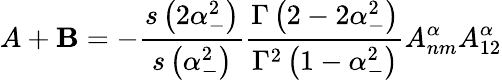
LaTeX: A+\mathbf{B}=-\frac{{s\left(2\alpha_{-}^{2}\right)}}{{s\left(\alpha_{-}^{2}\right)}}\frac{{\Gamma\left(2-2\alpha_{-}^{2}\right)}}{{\Gamma^{2}\left(1-\alpha_{-}^{2}\right)}}A_{nm}^{\alpha}A_{12}^{\alpha}